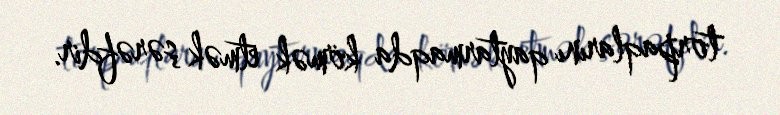
torpaqlarını qaytarmaqda kömək etmək şərəfdir.